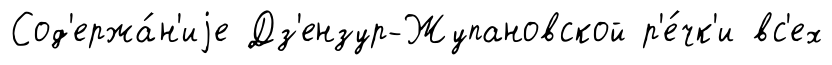
Сод'ержа́н'иjе Дз'ензур-Жупановской р'е́чк'и вс'ех